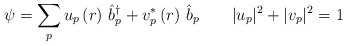
\begin{align*}\psi =\sum\limits_pu_p\left( r\right) \,\hat b_p^{\dagger }+v_p^{*}\left(r\right) \,\hat b_p\qquad |u_p|^2+|v_p|^2=1 \end{align*}